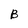
Character: B